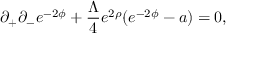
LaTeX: \partial _ { + } \partial _ { - } e ^ { - 2 \phi } + \frac { \Lambda } { 4 } e ^ { 2 \rho } ( e ^ { - 2 \phi } - a ) = 0 ,